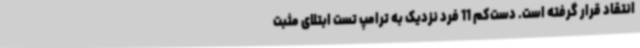
انتقاد قرار گرفته است. دست‌کم 11 فرد نزدیک به ترامپ تست ابتلای مثبت